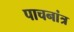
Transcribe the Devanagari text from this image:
पाचनांत्र